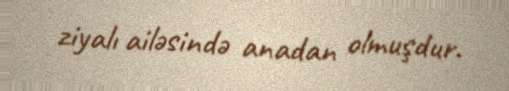
ziyalı ailəsində anadan olmuşdur.